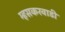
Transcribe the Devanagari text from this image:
म्हसकरवाडी